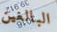
البالغين